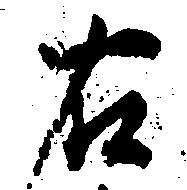
右